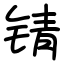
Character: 锖